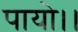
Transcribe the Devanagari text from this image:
पायो।।